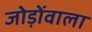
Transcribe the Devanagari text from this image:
जोड़ोंवाला